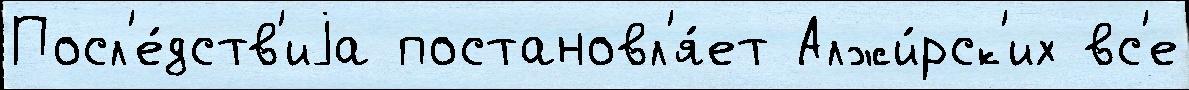
Посл'е́дств'иjа постановл'я́ет Алжи́рск'их вс'е